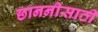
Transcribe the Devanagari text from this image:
छाननीसाठी